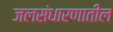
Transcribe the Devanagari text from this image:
जलसंधारणातील